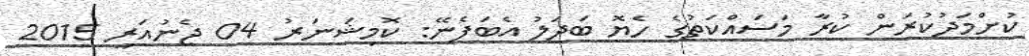
ކުށްމަދުކުރަން ކުރާ މަސައްކަތުގެ ހެޔޮ ބަދަލު އެބަފެނޭ: ކޮމިޝަނަރު 04 ޖެނުއަރީ 2015